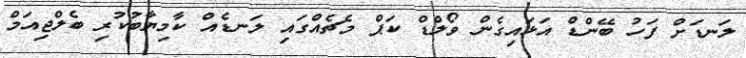
ލަނޑަށް ފަހު ބޭންޑް އަޅައިގެން ވޯލްޑް ކަޕް މެޗެއްގައި ލަނޑެއް ކާމިޔާބުކުރި ބެލްޖިއަމް